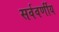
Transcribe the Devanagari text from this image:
सर्ववर्णीय